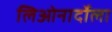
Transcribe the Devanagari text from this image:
लिओनार्दोला